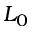
L _ { 0 }